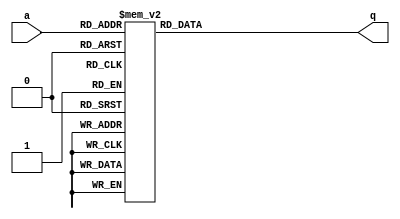
module top_module (

        input [2:0] a,

        output [15:0] q ); 

reg [15:0] t;
always @(*)
    case(a)
        0:t=16'h1232;
        1:t=16'haee0;
        2:t=16'h27d4;
        3:t=16'h5a0e;
        4:t=16'h2066;
        5:t=16'h64ce;
        6:t=16'hc526;
        7:t=16'h2f19;
    endcase
assign q = t;
endmodule